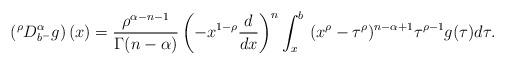
LaTeX: \begin{align*}\left( ^{\rho}D_{b^-}^{\alpha }g\right)(x)=\frac{\rho^{\alpha-n-1} }{\Gamma (n-\alpha )}\left( -x^{1-\rho}\frac{d}{dx}\right)^{n}\int_{x}^{b}\ (x^{\rho}-\tau^{\rho})^{n-\alpha+1} \tau^{\rho-1}g(\tau)d\tau.\end{align*}